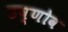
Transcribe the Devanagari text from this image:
उष्णोव